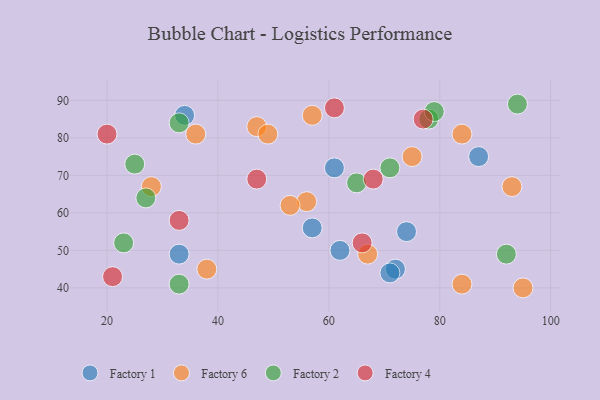
{"axis": {"x": "GDP", "y": "Life Expectancy"}, "legend": ["Factory 1", "Factory 2", "Factory 4", "Factory 6"], "data": [{"x": "74", "y": 55, "type": "Factory 1"}, {"x": "72", "y": 45, "type": "Factory 1"}, {"x": "87", "y": 75, "type": "Factory 1"}, {"x": "33", "y": 49, "type": "Factory 1"}, {"x": "57", "y": 56, "type": "Factory 1"}, {"x": "71", "y": 44, "type": "Factory 1"}, {"x": "34", "y": 86, "type": "Factory 1"}, {"x": "62", "y": 50, "type": "Factory 1"}, {"x": "61", "y": 72, "type": "Factory 1"}, {"x": "56", "y": 63, "type": "Factory 6"}, {"x": "47", "y": 83, "type": "Factory 6"}, {"x": "49", "y": 81, "type": "Factory 6"}, {"x": "36", "y": 81, "type": "Factory 6"}, {"x": "57", "y": 86, "type": "Factory 6"}, {"x": "38", "y": 45, "type": "Factory 6"}, {"x": "28", "y": 67, "type": "Factory 6"}, {"x": "67", "y": 49, "type": "Factory 6"}, {"x": "75", "y": 75, "type": "Factory 6"}, {"x": "93", "y": 67, "type": "Factory 6"}, {"x": "95", "y": 40, "type": "Factory 6"}, {"x": "53", "y": 62, "type": "Factory 6"}, {"x": "84", "y": 41, "type": "Factory 6"}, {"x": "84", "y": 81, "type": "Factory 6"}, {"x": "71", "y": 72, "type": "Factory 2"}, {"x": "27", "y": 64, "type": "Factory 2"}, {"x": "23", "y": 52, "type": "Factory 2"}, {"x": "33", "y": 41, "type": "Factory 2"}, {"x": "33", "y": 84, "type": "Factory 2"}, {"x": "78", "y": 85, "type": "Factory 2"}, {"x": "25", "y": 73, "type": "Factory 2"}, {"x": "92", "y": 49, "type": "Factory 2"}, {"x": "79", "y": 87, "type": "Factory 2"}, {"x": "65", "y": 68, "type": "Factory 2"}, {"x": "94", "y": 89, "type": "Factory 2"}, {"x": "21", "y": 43, "type": "Factory 4"}, {"x": "68", "y": 69, "type": "Factory 4"}, {"x": "20", "y": 81, "type": "Factory 4"}, {"x": "47", "y": 69, "type": "Factory 4"}, {"x": "61", "y": 88, "type": "Factory 4"}, {"x": "33", "y": 58, "type": "Factory 4"}, {"x": "66", "y": 52, "type": "Factory 4"}, {"x": "77", "y": 85, "type": "Factory 4"}]}